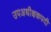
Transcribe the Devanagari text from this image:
उपअधीक्षकपदी